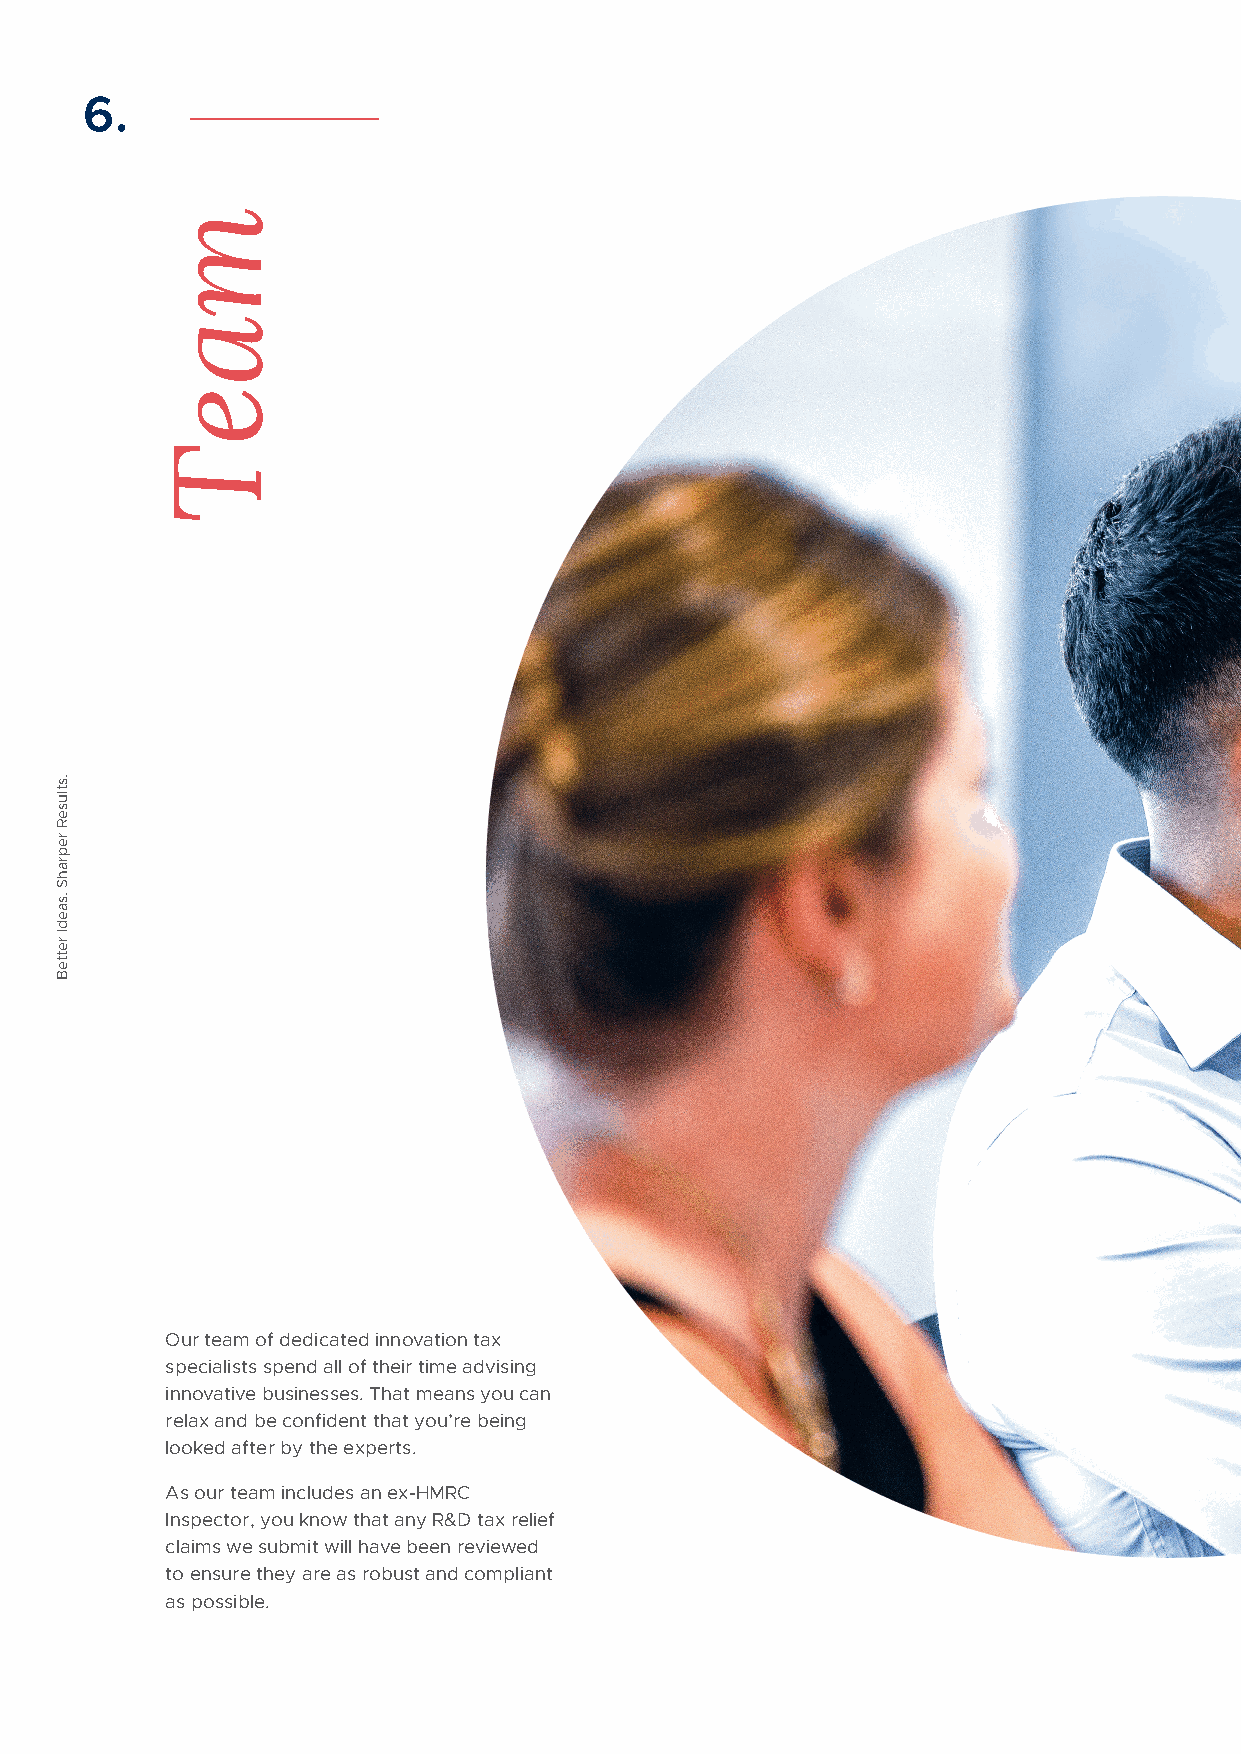
6.
 Our team of dedicated innovation tax
 specialists spend all of their time advising
 innovative businesses. That means you can
 relax and be confident that you’re being
 looked after by the experts.
 As our team includes an ex-HMRC
 Inspector, you know that any R&D tax relief
 claims we submit will have been reviewed
 to ensure they are as robust and compliant
 as possible.
 .stluseR
 reprahS
 .saedI
 retteB
 maeT